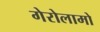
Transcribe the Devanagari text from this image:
गेरोलामो